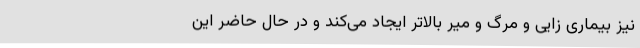
نیز بیماری زایی و مرگ و میر بالاتر ایجاد می‌کند و در حال حاضر این